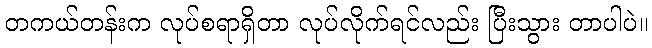
တကယ်တန်းက လုပ်စရာရှိတာ လုပ်လိုက်ရင်လည်း ပြီးသွား တာပါပဲ။